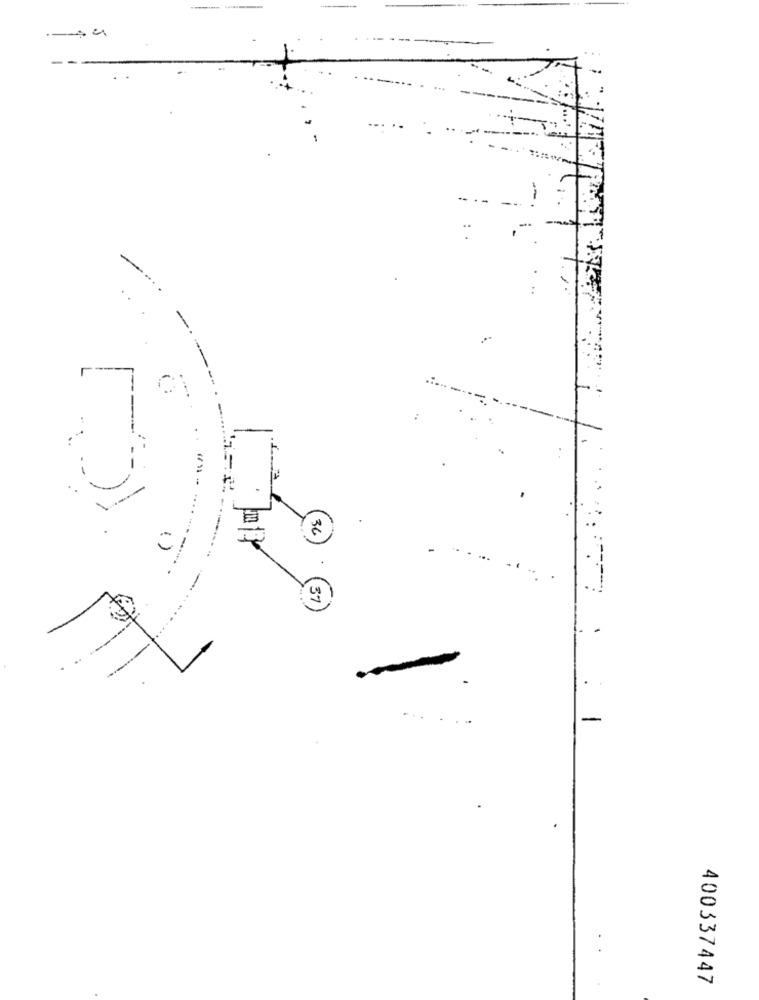
--
( )
-
-.
..
一
..
-
400337447